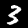
Digit: 3